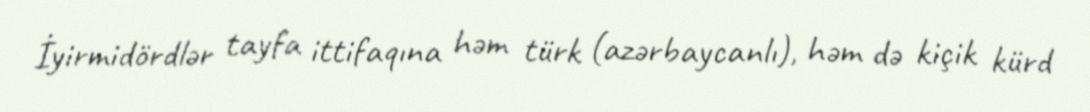
İyirmidördlər tayfa ittifaqına həm türk (azərbaycanlı), həm də kiçik kürd